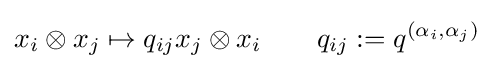
x_{i}\otimes x_{j}\mapsto q_{ij}x_{j}\otimes x_{i}\qquad q_{ij}:=q^{(\alpha _{i},\alpha _{j})}